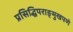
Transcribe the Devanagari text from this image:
प्रसिद्धिपराङ्‌मुखपणे